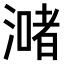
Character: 𣾻